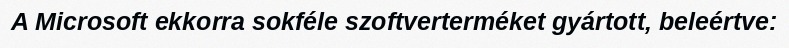
A Microsoft ekkorra sokféle szoftverterméket gyártott, beleértve: